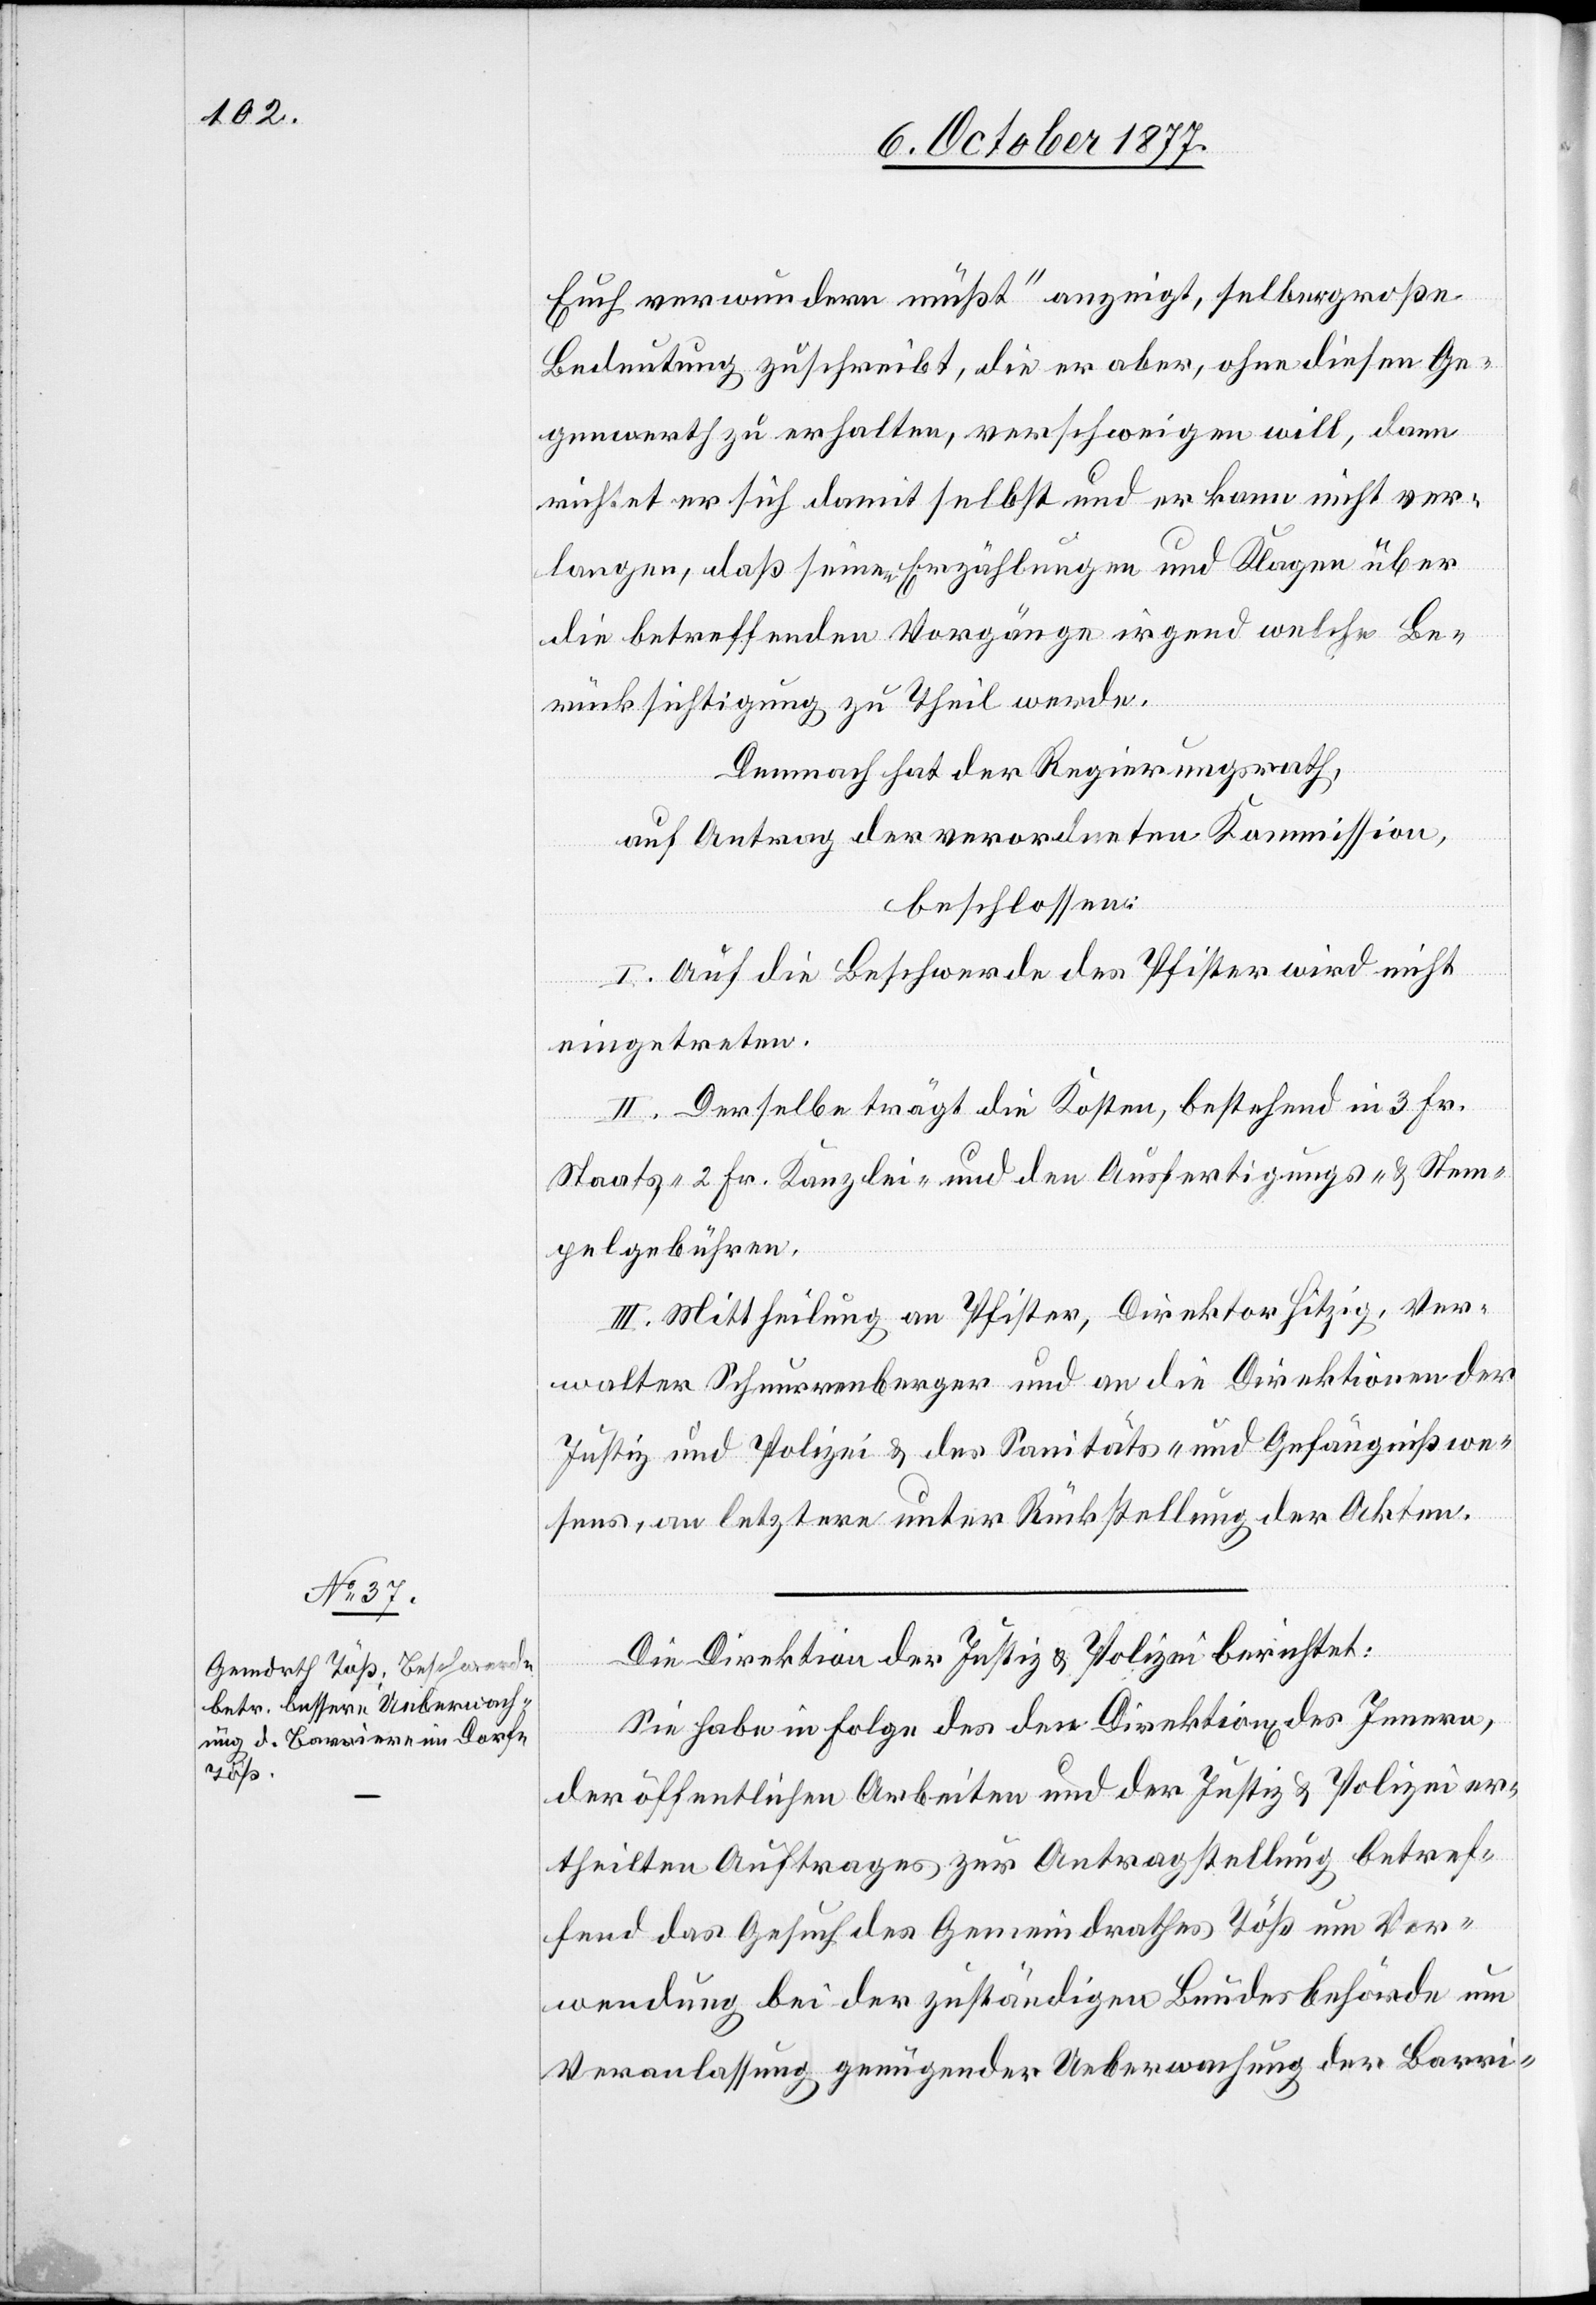
Euch verwundern müßt“ anzeigt, selber große
Bedeutung zuschreibt, die er aber, ohne diesen Ge¬
genwerth zu erhalten, verschweigen will, dann
richtet er sich damit selbst und er kann nicht ver¬
langen, daß seinen Erzählungen und Klagen über
die betreffenden Vorgänge irgend welche Be¬
rücksichtigung zu Theil werde.
Demnach hat der Regierungsrath,
auf Antrag der verordneten Kommission,
beschlossen:
I. Auf die Beschwerde des Pfister wird nicht
eingetreten.
II. Derselbe trägt die Kosten, bestehend in 3 Fr.
Staats-, 2 Fr. Kanzlei- und den Ausfertigungs- & Stem¬
pelgebühren.
III. Mittheilung an Pfister, Direktor Hitzig, Ver¬
walter Schnurrenberger und an die Direktionen der
Justiz und Polizei & des Sanitäts- und Gefängnißwe¬
sens, an letztere unter Rückstellung der Akten.
Die Direktion der Justiz & Polizei berichtet:
Sie habe in Folge des den Direktion[en] des Innern,
der öffentlichen Arbeiten und der Justiz & Polizei er¬
theilten Auftrages zur Antragstellung betref¬
fend das Gesuch des Gemeindrathes Töß um Ver¬
wendung bei der zuständigen Bundesbehörde um
Veranlassung genügender Ueberwachung der Barri-